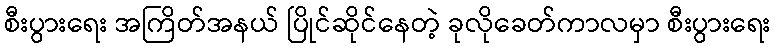
စီးပွားရေး အကြိတ်အနယ် ပြိုင်ဆိုင်နေတဲ့ ခုလိုခေတ်ကာလမှာ စီးပွားရေး